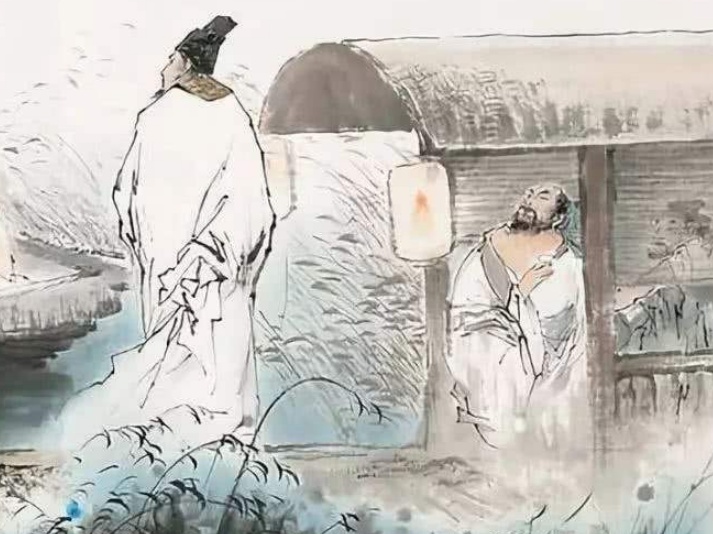
亦知合被才名折，二十三年折太多。